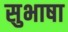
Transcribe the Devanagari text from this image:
सुभाषा